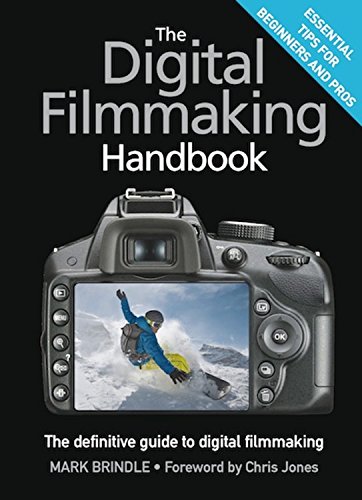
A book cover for The Digital Filmmaking Handbook: The definitive guide to digital filmmaking; Mark Brindle; Arts & Photography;